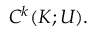
C ^ { k } ( K ; U ) .